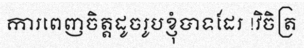
ការពេញចិត្តដូចរូបខ្ញុំបាទដែរ !វិចិត្រ